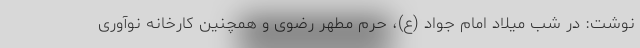
نوشت: در شب میلاد امام جواد (ع)، حرم مطهر رضوی و همچنین کارخانه نوآوری